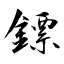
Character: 鏢